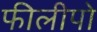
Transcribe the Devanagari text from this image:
फीलीपो